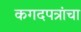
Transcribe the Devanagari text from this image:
कगदपत्रांचा